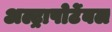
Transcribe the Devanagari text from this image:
अल्ट्रापोर्टेबल